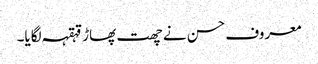
معروف حسن نے چھت پھاڑ قہقہہ لگایا۔